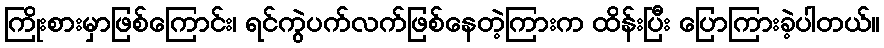
ကြိုးစားမှာဖြစ်ကြောင်း၊ ရင်ကွဲပက်လက်ဖြစ်နေတဲ့ကြားက ထိန်းပြီး ပြောကြားခဲ့ပါတယ်။